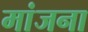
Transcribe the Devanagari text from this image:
मांजना